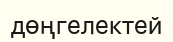
дөңгелектей